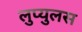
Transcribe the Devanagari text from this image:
लुप्युलस